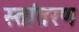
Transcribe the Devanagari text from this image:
स्तांतरण